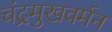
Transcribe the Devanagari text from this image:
चंद्रमुखवर्मन